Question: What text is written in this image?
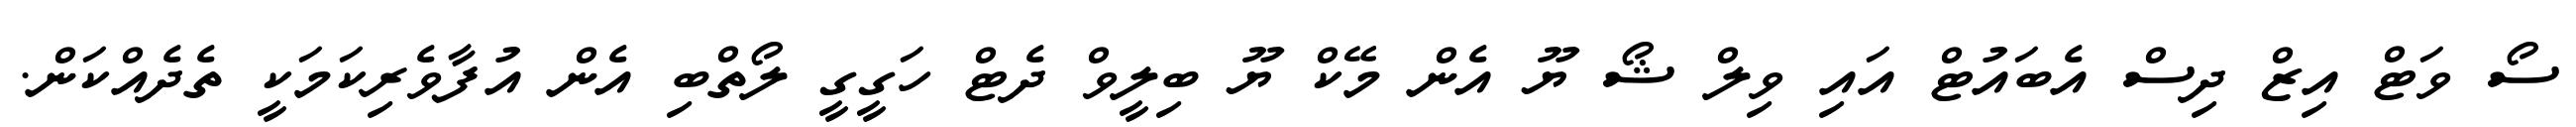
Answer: ސޯ ވަޓް އިޒް ދިސް އެބައުޓް އައި ވިލް ޝޯ ޔޫ އެން މޭކް ޔޫ ބިލީވް ދެޓް ހަގީގީ ލޯތްބި އެން އުފާވެރިކަމަކީ ތެދެއްކަން.